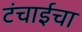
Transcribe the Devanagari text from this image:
टंचाईचा